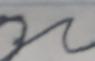
Signature authenticity: forged